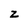
Character: z